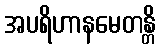
အပရိဟာနမေတန္တိ